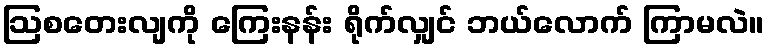
ဩစတေးလျကို ကြေးနန်း ရိုက်လျှင် ဘယ်လောက် ကြာမလဲ။